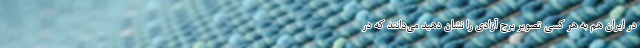
در ایران هم به هر کسی تصویر برج آزادی را نشان دهید می‌دانند که در